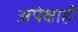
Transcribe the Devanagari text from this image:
अपेक्षाही